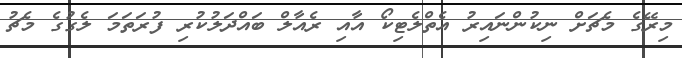
މިރޭގެ މެޗަށް ނިކުންނައިރު އެތްލެޓިކޯ އާއި ރެއާލް ބައްދަލުކުރި ފުރަތަމަ ލެގުގެ މެޗު